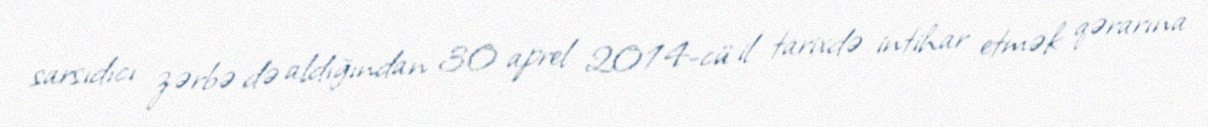
sarsıdıcı zərbə də aldığından 30 aprel 2014-cü il tarixdə intihar etmək qərarına